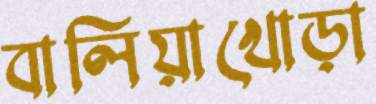
বালিয়াখোড়া